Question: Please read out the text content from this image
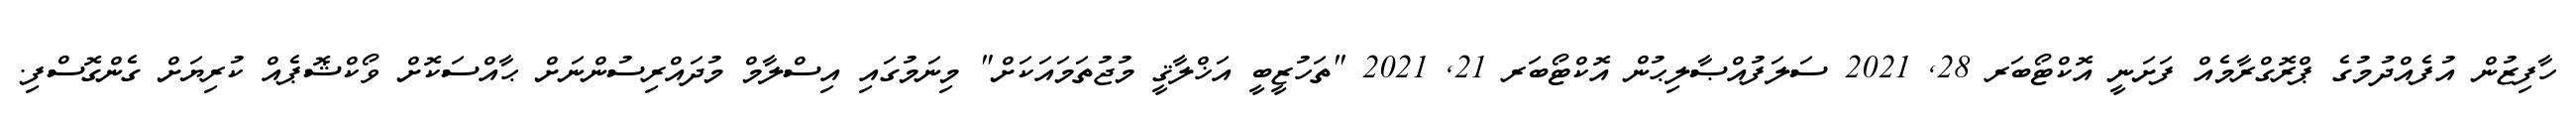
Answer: ހާފިޒުން އުފެއްދުމުގެ ޕްރޮގްރާމެއް ފަށަނީ އޮކްޓޯބަރ 28, 2021 ސަލަފުއްޞާލިޙުން އޮކްޓޯބަރ 21, 2021 "ތަހުޒީބީ އަޚްލާޤީ މުޖުތަމައަކަށް" މިނަމުގައި އިސްލާމް މުދައްރިސުންނަށް ޙާއްސަކޮށް ވޯކްޝޮޕެއް ކުރިޔަށް ގެންގޮސްފި.